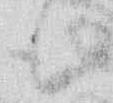
も